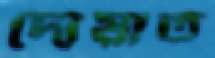
দোয়াত